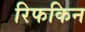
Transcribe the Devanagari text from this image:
रिफकिन